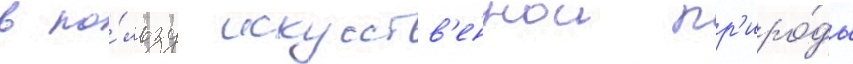
в по́льзу искусств'еннои пр'иро́ды